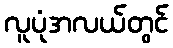
လူပုံအလယ်တွင်